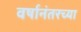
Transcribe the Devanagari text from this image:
वर्षानंतरच्या